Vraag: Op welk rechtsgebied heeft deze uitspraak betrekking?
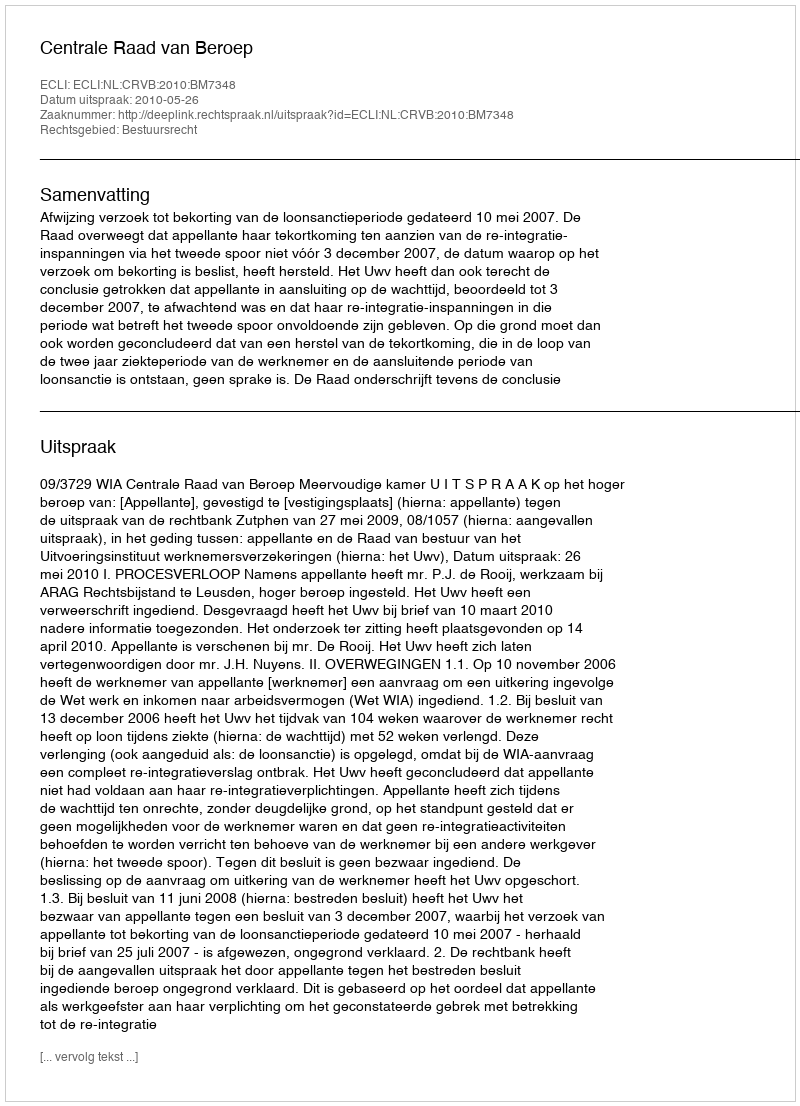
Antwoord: Bestuursrecht